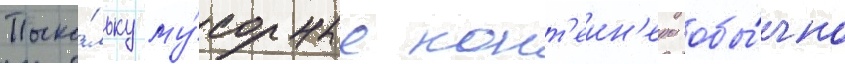
Поско́льку му́сорные конт'еин'еры обы́чно